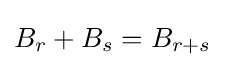
{\textstyle B_{r}+B_{s}=B_{r+s}}